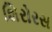
શિરોરસ